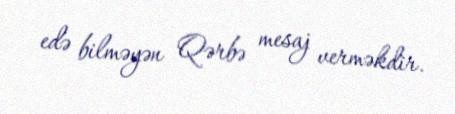
edə bilməyən Qərbə mesaj verməkdir.